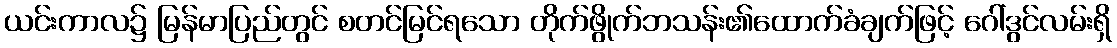
ယင်းကာလ၌ မြန်မာပြည်တွင် စတင်မြင်ရသော တိုက်ဖွိုက်ဘသန်း၏ထောက်ခံချက်ဖြင့် ဂေါ်ဒွင်လမ်းရှိ